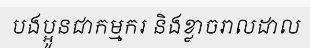
បងប្អូនជាកម្មករ និងខ្លាចរាលដាល